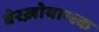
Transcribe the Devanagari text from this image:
वेरख़ोयान्स्क